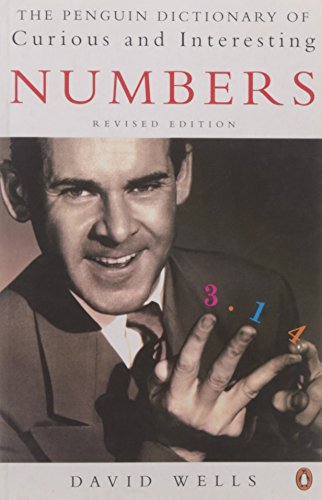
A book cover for The Penguin Book of Curious and Interesting Numbers: Revised Edition (Penguin Press Science); David Wells; Science & Math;